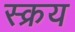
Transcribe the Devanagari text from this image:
स्क्रय